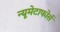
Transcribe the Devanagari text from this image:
न्यूमेटाफोर्स